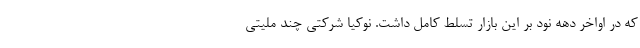
که در اواخر دهه نود بر این بازار تسلط کامل داشت. نوکیا شرکتی چند ملیتی